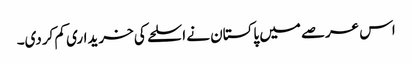
اس عرصے میں پاکستان نے اسلحے کی خریداری کم کردی۔